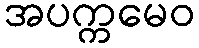
အပက္ကမေဝ